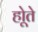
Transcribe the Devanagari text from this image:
होूते